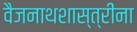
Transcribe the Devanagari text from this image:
वैजनाथशास्त्रींना